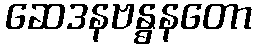
ဆေဒနဗန္ဓနတော